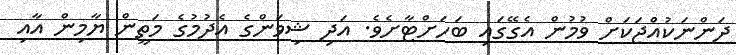
ދަންނަކުއްޖަކަށް ވުމުން އެގޭގައި ބަހަށްޓާށެވެ. އަދި ޝިވަންގެ އެދުމުގެ މަތީން ޔާމިން އާއި